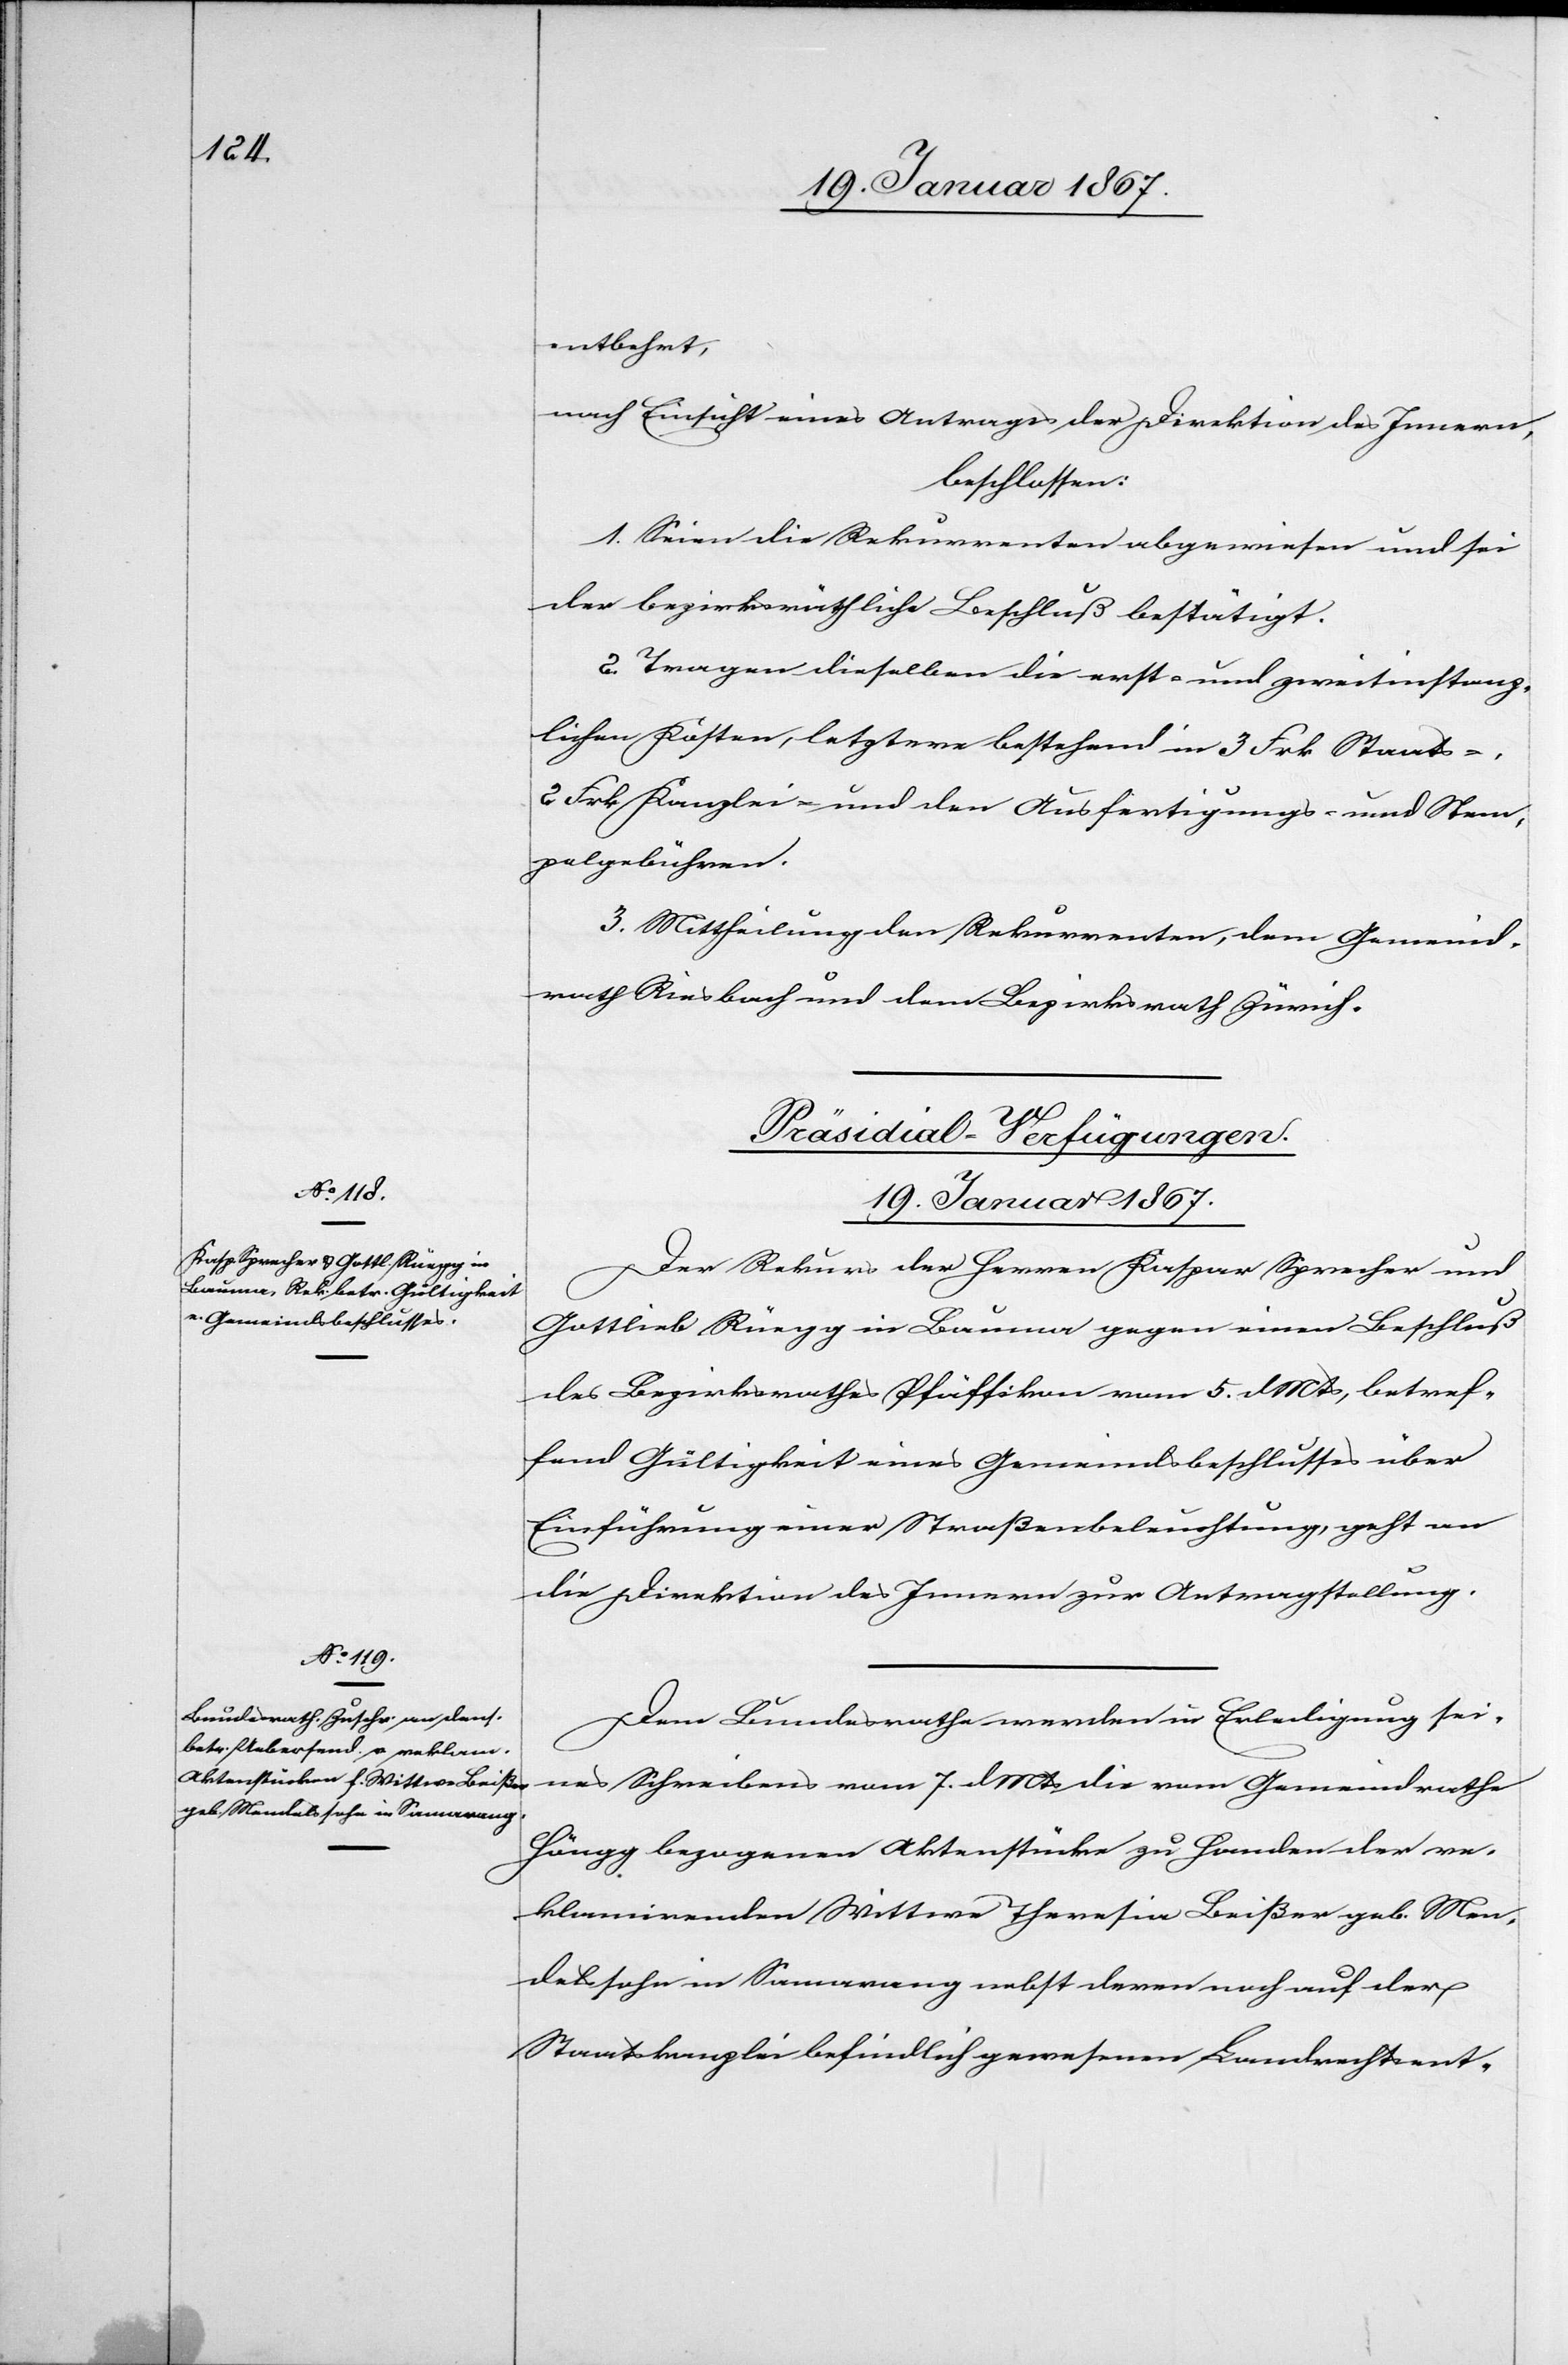
entbehrt,
nach Einsicht eines Antrages der Direktion des Innern,
beschlossen:
1. Seien die Rekurrenten abgewiesen und sei
der bezirksräthliche Beschluß bestätigt.
2. Tragen dieselben die erst- und zweitinstanz¬
lichen Kosten, letztere bestehend in 3 Frk Staats-[,]
2 Frk Kanzlei- und den Ausfertigungs- und Stem¬
pelgebühren.
3. Mittheilung den Rekurrenten, dem Gemeinde¬
rath Riesbach und dem Bezirksrath Zürich.
[Präsidial-Verfügungen.
19. Januar 1867.]
Der Rekurs der Herren Kaspar Sprecher und
Gottlieb Rüegg in Bauma gegen einen Beschluß
des Bezirksrathes Pfäffikon vom 5. d. Mts, betref¬
fend Gültigkeit eines Gemeindsbeschlusses über
Einführung einer Straßenbeleuchtung, geht an
die Direktion des Innern zur Antragstellung.
Dem Bundesrathe werden in Erledigung sei¬
nes Schreibens vom 7. d. Mts die vom Gemeindrathe
Höngg bezogenen Aktenstücke zu Handen der re¬
klamirenden Wittwe Theresia Beißer geb. Men¬
delssohn in Samarang nebst deren noch auf der
Staatskanzlei befindlich gewesenen Landrechtsent-